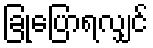
ခြုံပြောရလျှင်